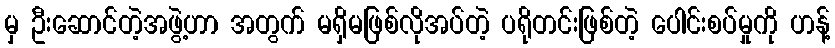
မှ ဦးဆောင်တဲ့အဖွဲ့ဟာ အတွက် မရှိမဖြစ်လိုအပ်တဲ့ ပရိုတင်းဖြစ်တဲ့ ပေါင်းစပ်မှုကို ဟန့်